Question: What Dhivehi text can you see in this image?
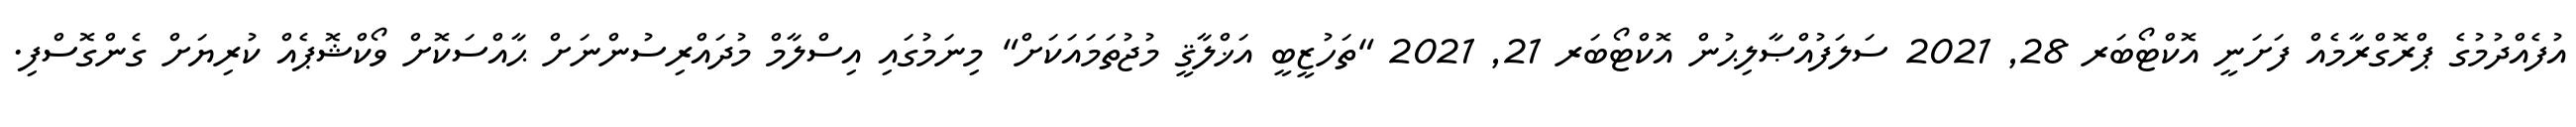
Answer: އުފެއްދުމުގެ ޕްރޮގްރާމެއް ފަށަނީ އޮކްޓޯބަރ 28, 2021 ސަލަފުއްޞާލިޙުން އޮކްޓޯބަރ 21, 2021 "ތަހުޒީބީ އަޚްލާޤީ މުޖުތަމައަކަށް" މިނަމުގައި އިސްލާމް މުދައްރިސުންނަށް ޙާއްސަކޮށް ވޯކްޝޮޕެއް ކުރިޔަށް ގެންގޮސްފި.